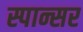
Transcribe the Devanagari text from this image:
स्पान्सर